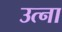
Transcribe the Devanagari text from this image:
उत्ना